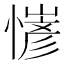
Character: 𢢋